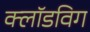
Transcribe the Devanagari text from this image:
क्लॉडविग